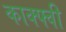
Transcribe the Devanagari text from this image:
काक्फ्वी